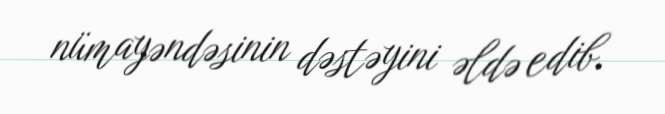
nümayəndəsinin dəstəyini əldə edib.